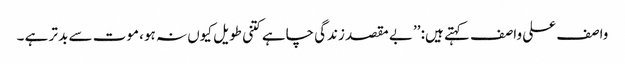
واصف علی واصف کہتے ہیں: ’’بے مقصد زندگی چاہے کتنی طویل کیوں نہ ہو، موت سے بد تر ہے ۔